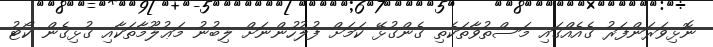
ނޮޅިވަރަންފަރު ގެއެއްގައި މަސްތުވާތަކެތި ގެންގުޅޭ ކަމަށް ފުލުހުންނަށް ލިބުނު މަޢުލޫމާތަކާއި ގުޅިގެން ކޯޓު